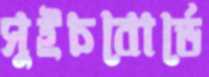
সুইচবোর্ডে